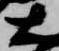
大